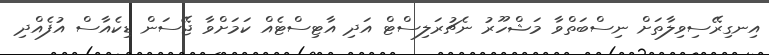
އިނގިރޭސިވިލާތަށް ނިސްބަތްވާ މަޝްހޫރު ނެޗުރަލިސްޓް އަދި އާޓިސްޓެއް ކަމަށްވާ ޖޭސަން ޑިކެއާސް އުފެއްދި